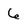
Character: 6